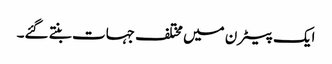
ایک پیٹرن میں مختلف جہات بنتے گئے۔